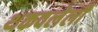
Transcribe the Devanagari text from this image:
थकवलेली